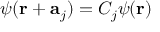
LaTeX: \psi ( \mathbf { r } + \mathbf { a } _ { j } ) = C _ { j } \psi ( \mathbf { r } )